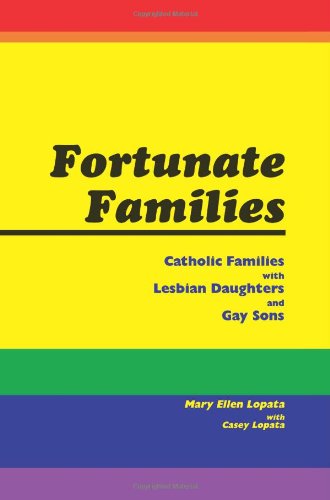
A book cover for Fortunate Families: Catholic families with lesbian daughters and gay sons; Mary Ellen Lopata; Gay & Lesbian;